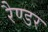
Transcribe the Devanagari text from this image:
रैण्डर